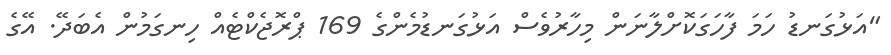
"އަޅުގަނޑު ހަމަ ފާހަގަކޮށްލާނަން މިހާރުވެސް އަޅުގަނޑުމެންގެ 169 ޕްރޮޖެކްޓެއް ހިނގަމުން އެބަދޭ. އޭގެ